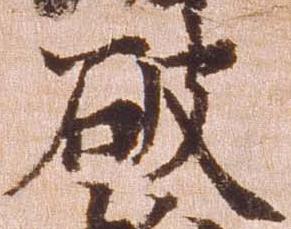
破